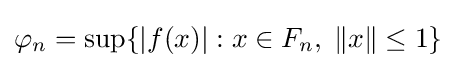
\varphi _{n}=\sup\{|f(x)|:x\in F_{n},\;\|x\|\leq 1\}